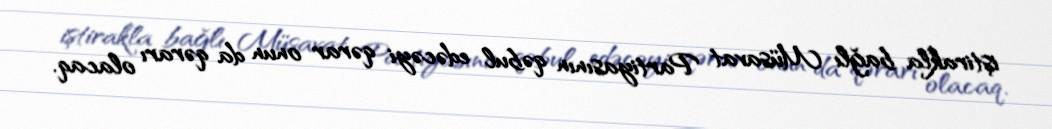
iştirakla bağlı Müsavat Partiyasının qəbul edəcəyi qərar onun da qərarı olacaq.